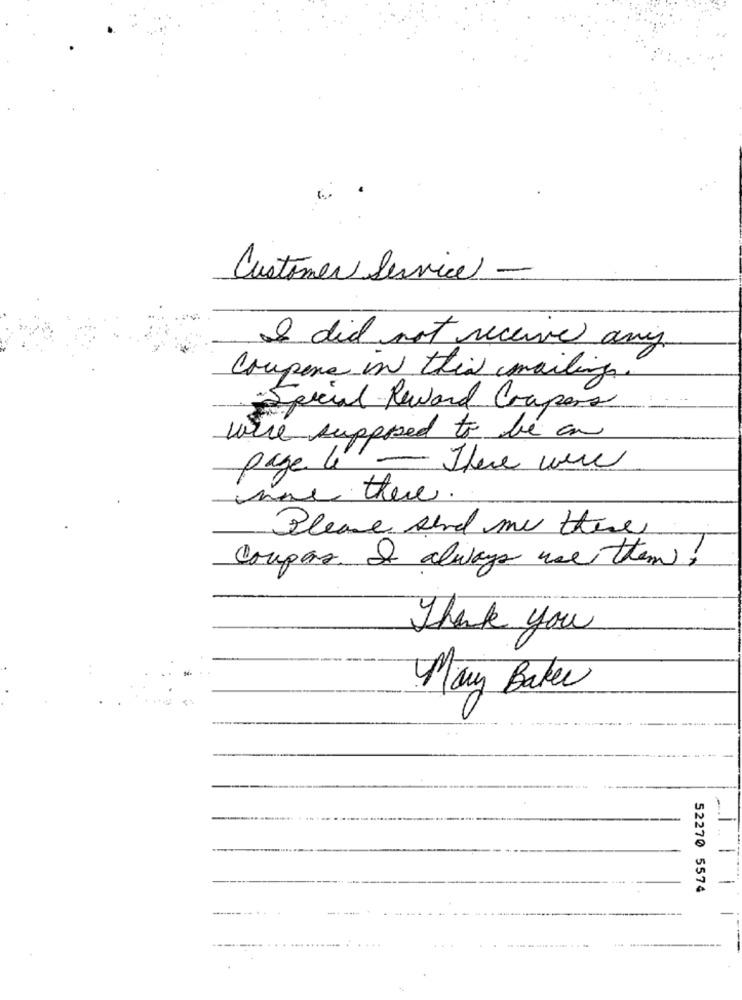
Customer Service -
I did not receive any
Coupone in this mailing
: Special Reward Crapers
were supposed to be an
page lé
-
There were
Please send me there
couper. I always use them!
Thank you
--
May Baker
-
1
52270 5574